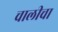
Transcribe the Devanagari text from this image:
चालीचा